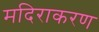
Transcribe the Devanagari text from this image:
मदिराकरण